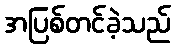
အပြစ်တင်ခဲ့သည်